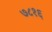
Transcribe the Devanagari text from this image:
७८१६